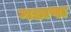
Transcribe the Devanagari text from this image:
गडापा